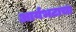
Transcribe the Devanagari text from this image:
आर्यभटाचा